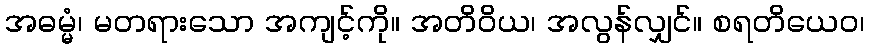
အဓမ္မံ၊ မတရားသော အကျင့်ကို။ အတိဝိယ၊ အလွန်လျှင်။ စရတိယေဝ၊